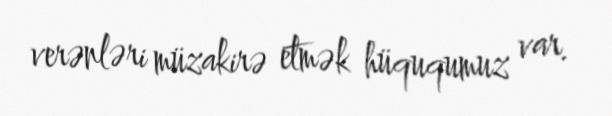
verənləri müzakirə etmək hüququmuz var.